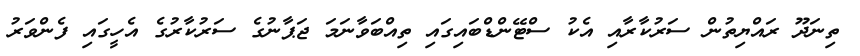
ތިނަދޫ ރައްޔިތުން ސަރުކާރާއި އެކު ސްޓޭންޑްބައިގައި ތިއްބަވާނަމަ ޖަޕާނުގެ ސަރުކާރުގެ އެހީގައި ފެންވަރު